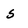
Character: 5